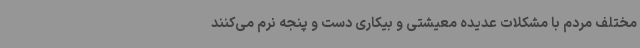
مختلف مردم با مشکلات عدیده معیشتی و بیکاری دست و پنجه نرم می‌کنند